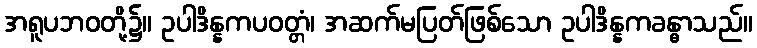
အရူပဘဝတို့၌။ ဥပါဒိန္နကပဝတ္တံ၊ အဆက်မပြတ်ဖြစ်သော ဥပါဒိန္နကခန္ဓာသည်။